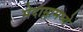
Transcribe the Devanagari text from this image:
मेदाम्लामध्ये